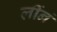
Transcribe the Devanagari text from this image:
लींनं